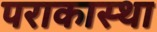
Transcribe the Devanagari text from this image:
पराकास्था